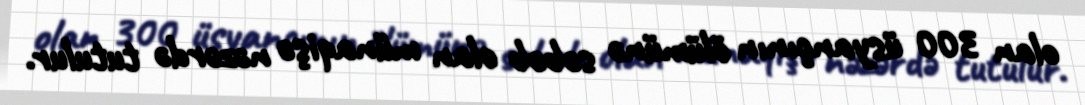
olan 300 üsyançının ölümünə səbəb olan münaqişə nəzərdə tutulur.